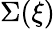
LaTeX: \Sigma(\xi)